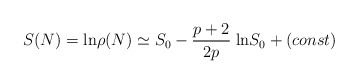
\begin{align*}S(N) = {\rm ln} \rho(N) \simeq S_0 - \frac{p + 2}{2 p} \; {\rm ln} S_0 + (const)\end{align*}